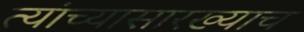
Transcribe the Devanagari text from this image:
त्यांच्यासारख्याच